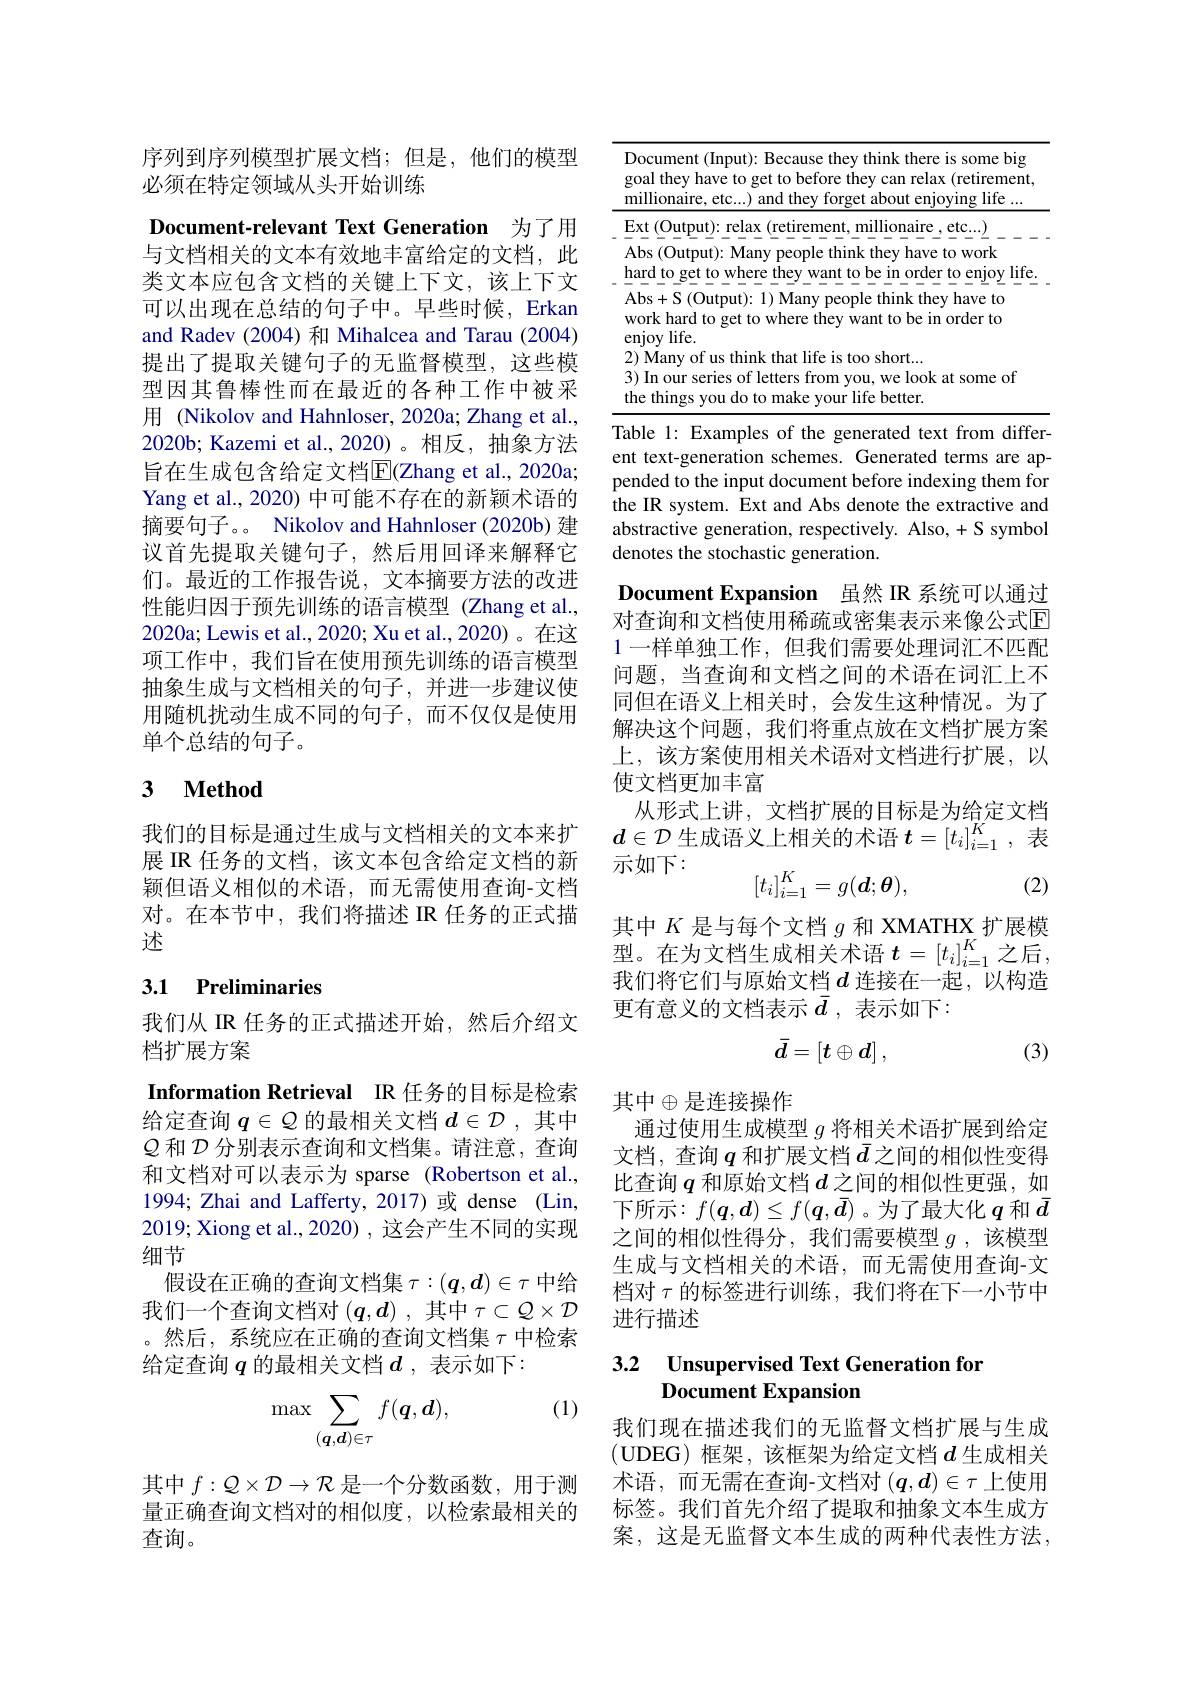
序列到序列模型扩展文档；但是，他们的模型
必须在特定领域从头开始训练

Document-relevant Text Generation 为了用

与文档相关的文本有效地丰富给定的文档，此类文本应包含文档的关键上下文，该上下文可以出现在总结的句子中。早些时候，Erkan and Radev (2004) 和 Mihalcea and Tarau (2004) 提出了提取关键句子的无监督模型，这些模型因其鲁棒性而在最近的各种工作中被采用 (Nikolov and Hahnloser, 2020a; Zhang et al., 2020b; Kazemi et al.,2020)。相反，抽象方法旨在生成包含给定文档$\overline{\mathrm{E}}($Zhang et al., 2020a; Yang et al., 2020) 中可能不存在的新颖术语的摘要句子。。Nikolov and Hahnloser (2020b) 建议首先提取关键句子，然后用回译来解释它们。最近的工作报告说，文本摘要方法的改进性能归因于预先训练的语言模型(Zhang et al., 2020a; Lewis et al., 2020; Xu et al., 2020)。在这项工作中，我们旨在使用预先训练的语言模型抽象生成与文档相关的句子，并进一步建议使用随机扰动生成不同的句子，而不仅仅是使用单个总结的句子。

## 3 $\textbf{Method}$

我们的目标是通过生成与文档相关的文本来扩展 IR 任务的文档，该文本包含给定文档的新颖但语义相似的术语，而无需使用查询-文档对。在本节中，我们将描述 IR 任务的正式描述

## 3.1 Preliminaries

我们从 IR 任务的正式描述开始，然后介绍文
档扩展方案
Information Retrieval IR 任务的目标是检索给定查询$q\in\mathcal{Q}$的最相关文档$d\in\mathcal{D}$ ,其中$\mathcal{Q}$和$\mathcal{D}$分别表示查询和文档集。请注意，查询和文档对可以表示为 sparse (Robertson et al., 1994; Zhai and Lafferty, 2017)或 dense (Lin, 2019; Xiong et al., 2020) , 这会产生不同的实现细节
假设在正确的查询文档集$\tau:(\boldsymbol{q},\boldsymbol{d})\in\tau$中给我们一个查询文档对$(q,d)$ ,其中$\tau\subset Q\times\mathcal{D}$ 。然后，系统应在正确的查询文档集$\tau$中检索给定查询$q$的最相关文档$d$ ,表示如下：

(1)
$$\max\sum_{(\boldsymbol{q},\boldsymbol{d})\in\tau}f(\boldsymbol{q},\boldsymbol{d}),$$
其中$f:\mathcal{Q}\times\mathcal{D}\to\mathcal{R}$是一个分数函数，用于测量正确查询文档对的相似度，以检索最相关的查询。

<table>
	<tbody>
		<tr>
			<td> </td>
			<td>Oocument ( Input) : Because they think there is some big goal they have to get to before they can relax (retirement, millionaire, etc. . . ) and they forget about enjoying life . . . </td>
		</tr>
	</tbody>
</table>

Table 1: Examples of the generated text from different text-generation schemes. Generated terms are appended to the input document before indexing them for the IR system. Ext and Abs denote the extractive and abstractive generation, respectively. Also, + S symbol denotes the stochastic generation.

Document Expansion 虽然 IR 系统可以通过对查询和文档使用稀疏或密集表示来像公式$\mathbb{E}$ 1一样单独工作，但我们需要处理词汇不匹配问题，当查询和文档之间的术语在词汇上不同但在语义上相关时，会发生这种情况。为了解决这个问题，我们将重点放在文档扩展方案上，该方案使用相关术语对文档进行扩展，以使文档更加丰富
从形式上讲，文档扩展的目标是为给定文档$d\in\mathcal{D}$生成语义上相关的术语$t=[t_i]_i=1^K$,表示如下：
$$[t_i]_{i=1}^K=g(d;\boldsymbol{\theta}),$$
(2)

其中$K$是与每个文档$g$和 XMATHX 扩展模型。在为文档生成相关术语 $t=[t_i]_{i=1}^K$ 之后， 我们将它们与原始文档$d$ 连接在一起，以构造更有意义的文档表示$\bar{d}$ ,表示如下：
$$\bar d=\left[t\oplus d\right],$$
(3)

其中$\oplus$是连接操作
通过使用生成模型$g$将相关术语扩展到给定文档，查询$q$和扩展文档$\bar{d}$之间的相似性变得比查询$q$和原始文档$d$之间的相似性更强，如下所示：$f(\boldsymbol{q},\boldsymbol{d})\leq f(\boldsymbol{q},\bar{d})$ 。为了最大化$q$和$\bar{d}$ 之间的相似性得分，我们需要模型$g$ ,该模型生成与文档相关的术语，而无需使用查询-文档对$\tau$的标签进行训练，我们将在下一小节中进行描述

## 3.2 Unsupervised Text Generation for Document Expansion

我们现在描述我们的无监督文档扩展与生成(UDEG)框架，该框架为给定文档$d$ 生成相关术语，而无需在查询-文档对$(q,d)\in\tau$上使用标签。我们首先介绍了提取和抽象文本生成方案，这是无监督文本生成的两种代表性方法，